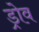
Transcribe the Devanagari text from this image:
ड्रोव